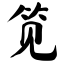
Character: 笕